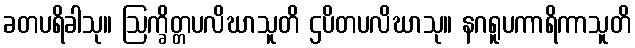
ခတပရိခါသု။ ဩက္ခိတ္တပလိဃာသူတိ ဌပိတပလိဃာသု။ နဂရူပကာရိကာသူတိ